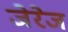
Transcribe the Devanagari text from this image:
जेरेज